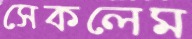
সেকলেম